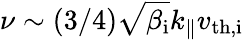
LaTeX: \nu\sim(3/4)\sqrt{\beta_{\mathrm{i}}}k_{\parallel}v_{\mathrm{th,i}}